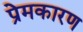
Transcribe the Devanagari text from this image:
प्रेमकारण